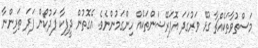
މަސްތުވާތަކެއްޗާ ގުޅޭ ވަރުގަދަ އޮޕަރޭޝަންތަކެއް ހިންގަމުންނެވެ. އެގޮތުން ދީޕިކާ ޕަދުކޯން ފަދަ ތަރިންނާ